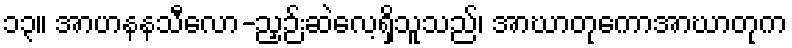
၁၃။ အာဟနနသီလော-ညှဉ်းဆဲလေ့ရှိသူသည်၊ အာဃာတုကောအာဃာတုက